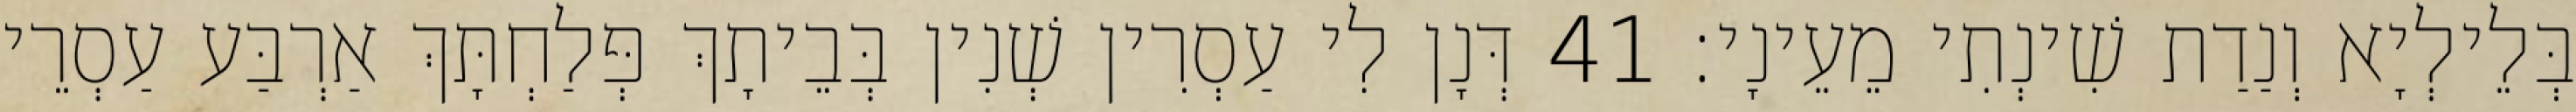
בְּלֵילְיָא וְנַדַת שִׁינְתִי מֵעֵינָי׃ 41 דְּנָן לִי עַסְרִין שְׁנִין בְּבֵיתָךְ פְּלַחְתָּךְ אַרְבַּע עַסְרֵי